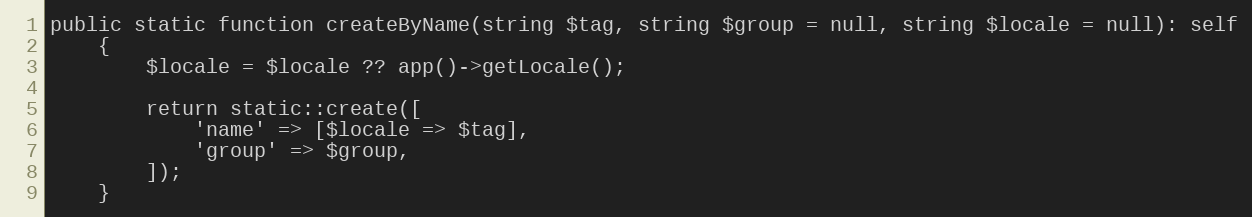
Language: PHP
public static function createByName(string $tag, string $group = null, string $locale = null): self
    {
        $locale = $locale ?? app()->getLocale();

        return static::create([
            'name' => [$locale => $tag],
            'group' => $group,
        ]);
    }